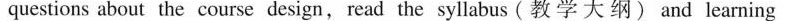
questions about the course design, read the syllabus (教学大纲) and learning